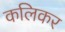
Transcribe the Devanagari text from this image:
कलिकर